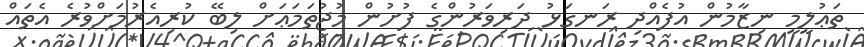
ތަޢުލީމީ ނިޒާމުން އުފެއްދި ރަނގަޅު ދަރިވަރުންގެ ފުށުން މުޖުތަމަޢަށް ލިބޭ ކުރިއެރުމަށްވުރެ އެތައް